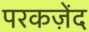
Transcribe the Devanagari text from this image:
परकज़ेंद